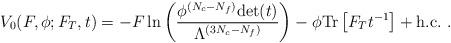
LaTeX: \begin{align*}V_0(F,\phi;F_T,t)=-F\,{\rm ln} \left(\frac{\phi^{(N_c -N_f)}{\rm det}(t)}{\Lambda^{(3N_c - N_f)}}\right) - \phi {\rm Tr}\left[F_Tt^{-1}\right] +{\rm h.c.} \ .\end{align*}